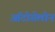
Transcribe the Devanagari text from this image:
ऑटोसेलोन